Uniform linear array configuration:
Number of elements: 16
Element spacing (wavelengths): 0.25
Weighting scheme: hann
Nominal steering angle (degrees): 0
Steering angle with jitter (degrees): -0.4122
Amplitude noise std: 0.05
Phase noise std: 0.05

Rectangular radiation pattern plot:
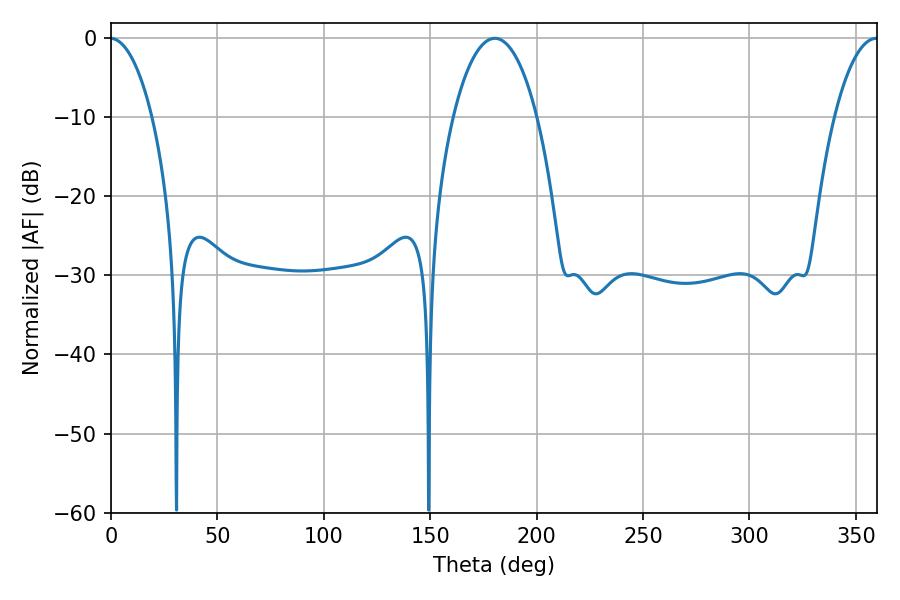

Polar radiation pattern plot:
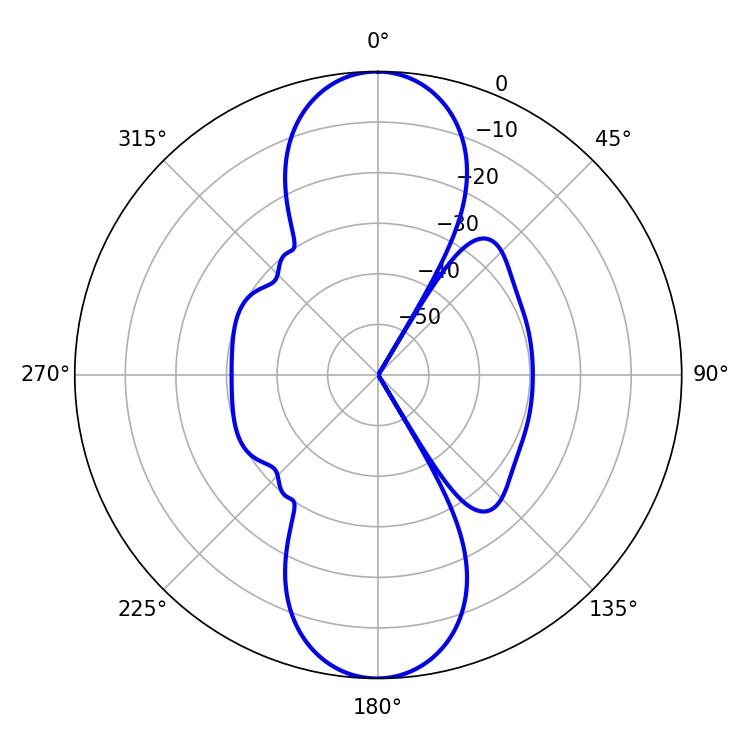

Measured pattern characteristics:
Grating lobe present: FALSE
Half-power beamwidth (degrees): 21.96
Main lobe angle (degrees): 180.36